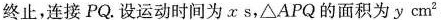
终止，连接PQ。设运动时间为x s，△APQ的面积为y cm2，